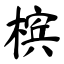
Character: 槟